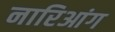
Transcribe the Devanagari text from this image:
नारिआंग